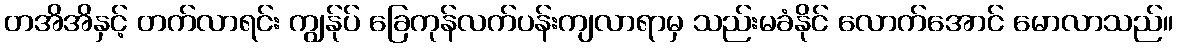
တအိအိနှင့် တက်လာရင်း ကျွန်ုပ် ခြေကုန်လက်ပန်းကျလာရာမှ သည်းမခံနိုင် လောက်အောင် မောလာသည်။